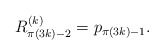
\begin{align*} R_{\pi(3k)-2}^{(k)} = p_{\pi(3k)-1}.\end{align*}